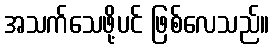
အသက်သေဖို့ပင် ဖြစ်လေသည်။